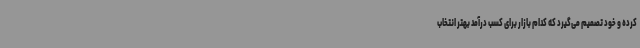
کرده و خود تصمیم می‌گیرد که کدام بازار برای کسب درآمد بهتر انتخاب